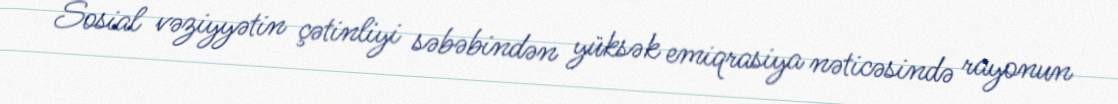
Sosial vəziyyətin çətinliyi səbəbindən yüksək emiqrasiya nəticəsində rayonun